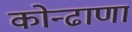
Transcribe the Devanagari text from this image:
कोन्ढाणा